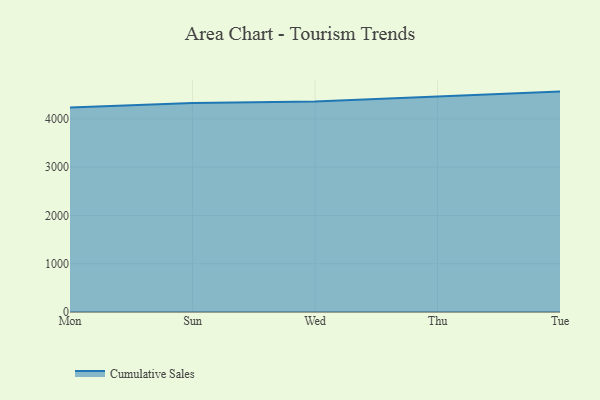
{"axis": {"x": "Day", "y": "Backlog"}, "legend": ["Cumulative Sales"], "data": [{"x": "Mon", "y": 4236.5, "type": "Cumulative Sales"}, {"x": "Sun", "y": 4328.2, "type": "Cumulative Sales"}, {"x": "Wed", "y": 4359.0, "type": "Cumulative Sales"}, {"x": "Thu", "y": 4467.4, "type": "Cumulative Sales"}, {"x": "Tue", "y": 4566.4, "type": "Cumulative Sales"}]}